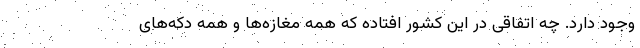
وجود دارد. چه اتفاقی در این کشور افتاده که همه مغازه‌ها و همه دکه‌های